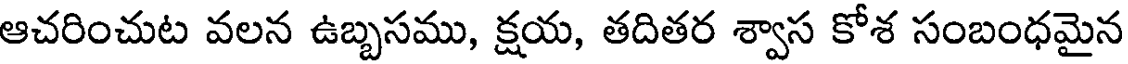
ఆచరించుట వలన ఉబ్బసము, క్షయ, తదితర శ్వాస కోశ సంబంధమైన